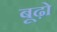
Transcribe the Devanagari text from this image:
बूढ़ो